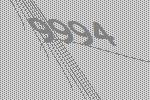
9994